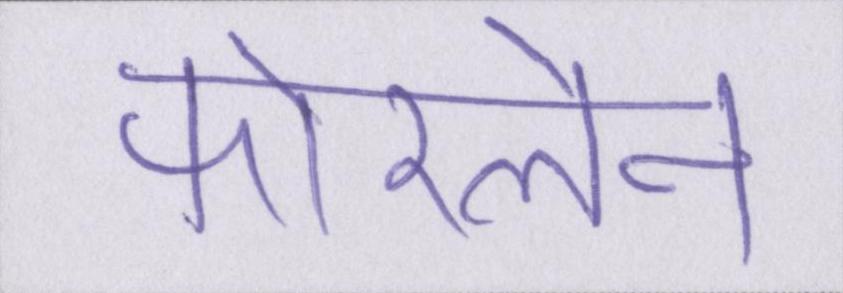
फोरलेन